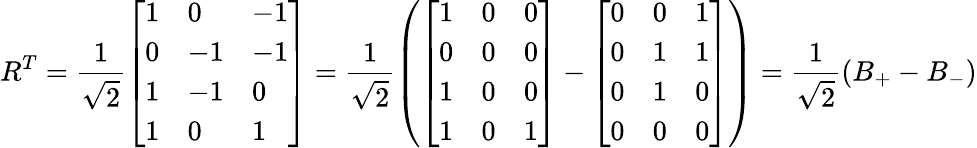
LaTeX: R^{T}=\frac{1}{\sqrt{2}}\left[\begin{array}{lll}{1}&{0}&{-1}\\ {0}&{-1}&{-1}\\ {1}&{-1}&{0}\\ {1}&{0}&{1}\end{array}\right]=\frac{1}{\sqrt{2}}\left(\left[\begin{array}{lll}{1}&{0}&{0}\\ {0}&{0}&{0}\\ {1}&{0}&{0}\\ {1}&{0}&{1}\end{array}\right]-\left[\begin{array}{lll}{0}&{0}&{1}\\ {0}&{1}&{1}\\ {0}&{1}&{0}\\ {0}&{0}&{0}\end{array}\right]\right)=\frac{1}{\sqrt{2}}(B_{+}-B_{-})